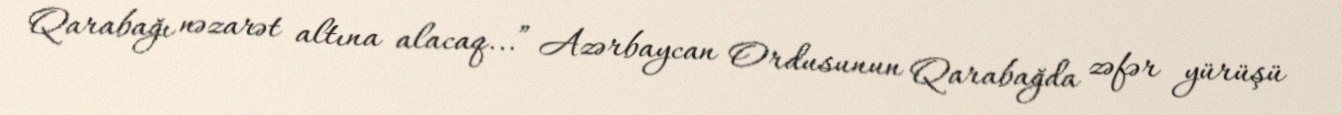
Qarabağı nəzarət altına alacaq...” Azərbaycan Ordusunun Qarabağda zəfər yürüşü